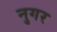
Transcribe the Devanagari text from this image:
नुगर